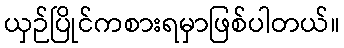
ယှဉ်ပြိုင်ကစားရမှာဖြစ်ပါတယ်။